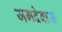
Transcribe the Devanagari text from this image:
जगदेवास